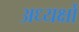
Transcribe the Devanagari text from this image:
अध्यक्षोँ